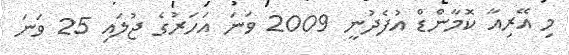
މި އޭރިއާ ކޮމާންޑް އުފެދުނީ 2009 ވަނަ އަހަރުގެ ޖުލައި 25 ވަނަ